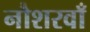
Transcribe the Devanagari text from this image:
नौशरवाँ